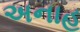
અનાહ